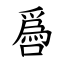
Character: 噕